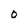
Character: O